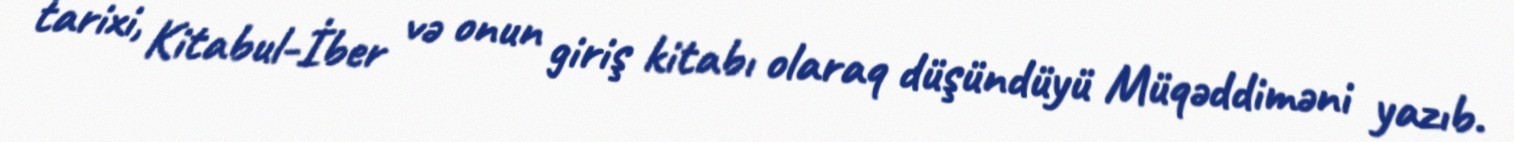
tarixi, Kitabul-İber və onun giriş kitabı olaraq düşündüyü Müqəddiməni yazıb.